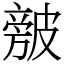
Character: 㿶